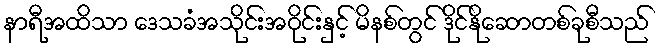
နာရီအထိသာ ဒေသခံအသိုင်းအဝိုင်းနှင့် မိနစ်တွင် ဒိုင်နိုဆောတစ်ခုစီသည်